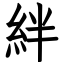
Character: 絆